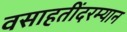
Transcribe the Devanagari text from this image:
वसाहतींदरम्यान